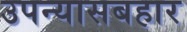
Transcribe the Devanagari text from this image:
उपन्यासबहार